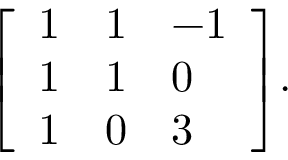
{ \left[ \begin{array} { l l l } { 1 } & { 1 } & { - 1 } \\ { 1 } & { 1 } & { 0 } \\ { 1 } & { 0 } & { 3 } \end{array} \right] } .